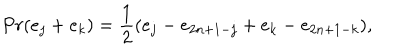
LaTeX: P r ( e _ { j } + e _ { k } ) = { \frac { 1 } { 2 } } ( e _ { j } - e _ { 2 n + 1 - j } + e _ { k } - e _ { 2 n + 1 - k } ) ,